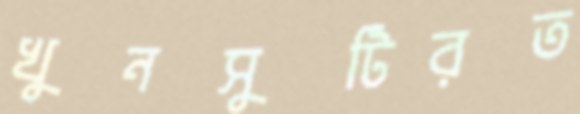
খুনসুটিরত